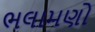
ભલામણો